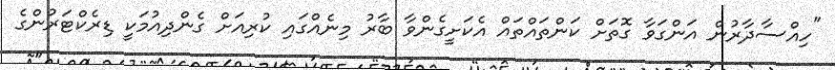
"ހިއްސާދާރުން އަންގަވާ ގޮތަށް ކަންތައްތައް އެކަށީގެންވާ ބާރު މިނެއްގައި ކުރިއަށް ގެންދިއުމަކީ ޑިރެކްޓަރުންގެ